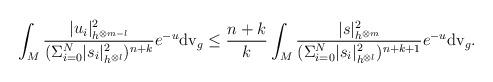
LaTeX: \begin{align*}\int_M\frac{|u_i|^2_{h^{\otimes m-l}}}{(\Sigma_{i=0}^N |s_i|^2_{h^{\otimes l}})^{n+k}}e^{-u}{\rm dv }_g\leq \frac{n+k}{k}\int_M\frac{|s|^2_{h^{\otimes m}}}{(\Sigma_{i=0}^N |s_i|_{h^{\otimes l}}^2)^{n+k+1}}e^{-u}{\rm dv }_g.\end{align*}